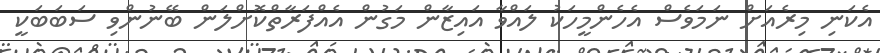
އެކަނި މިރެއަށް ނަމަވެސް އެހެންމީހަކު ލައްވާ އައިޒާން މަގުން އެއްފަރާތްކޮށްލަން ބޭނުންވި ސަބަބަކީ